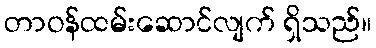
တာဝန်ထမ်းဆောင်လျက် ရှိသည်။